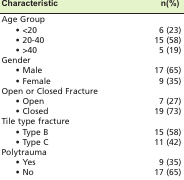
| Characteristic | n(%) |
 | --- | --- |
 | Age Group |  |
 | • < 20 | 6 (23) |
 | • 20-40 | 15 (58) |
 | • >40 | 5 (19) |
 | Gender |  |
 | • Male | 17 (65) |
 | • Female | 9 (35) |
 | Open or Closed Fracture |  |
 | • Open | 7 (27) |
 | • Closed | 19 (73) |
 | Tile type fracture |  |
 | • Type B | 15 (58) |
 | • Type C | 11 (42) |
 | Polytrauma |  |
 | • Yes | 9 (35) |
 | • No | 17 (65) |